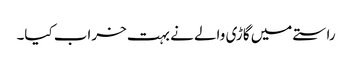
راستے میں گاڑی والے نے بہت خراب کیا۔